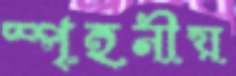
স্পৃহনীয়